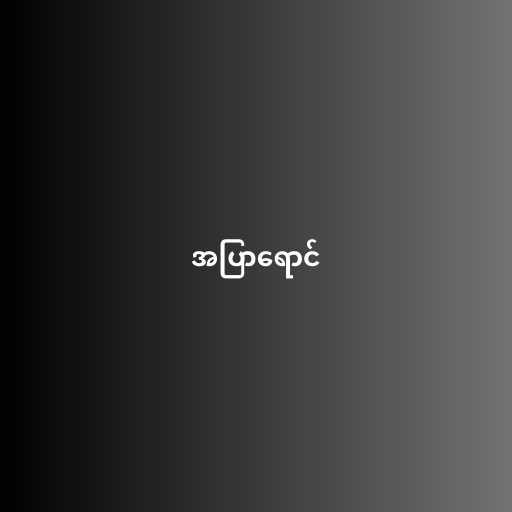
အပြာရောင်